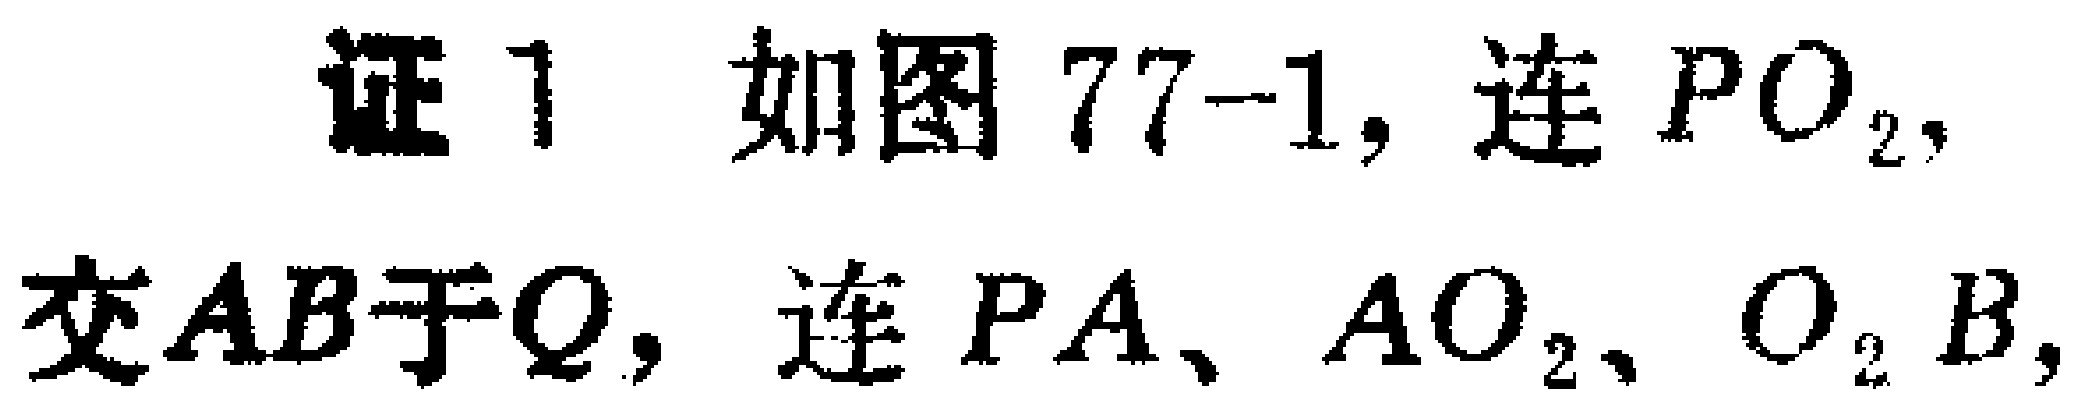
证 1 如图 77-1, 连 \(PO_{2}\), 交 \(AB\)于\(Q\), 连 \(PA\)、\(AO_{2}\)、\(O_{2}B\),